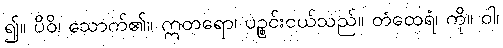
၍။ ပိဝိ၊ သောက်၏။ ဣတရော၊ ပဉ္စင်းငယ်သည်။ တံထေရံ၊ ကို။ ဝါ၊